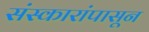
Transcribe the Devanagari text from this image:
संस्कारांपासून